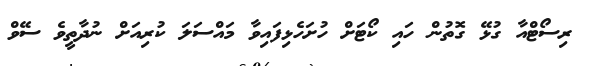
ރިސޯޓްއާ ގުޅޭ ގޮތުން ހައި ކޯޓަށް ހުށަހެޅިފައިވާ މައްސަލަ ކުރިއަށް ނުދާތީވެ ސޭވް